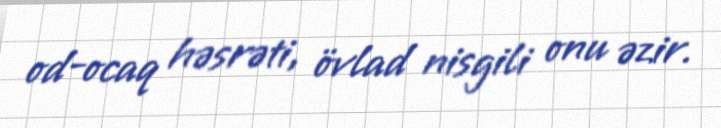
od-ocaq həsrəti, övlad nisgili onu əzir.